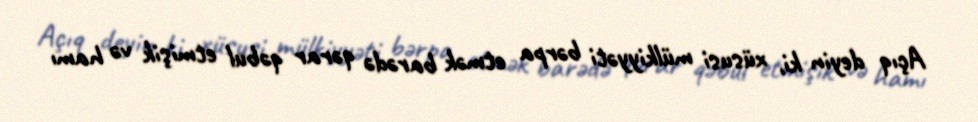
Açıq deyin ki, xüsusi mülkiyyəti bərpa etmək barədə qərar qəbul etmişik və hamı